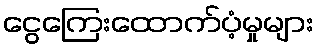
ငွေကြေးထောက်ပံ့မှုများ